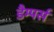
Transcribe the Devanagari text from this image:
डैम्पर्स